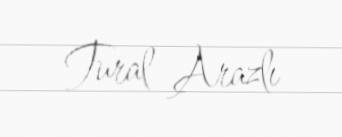
Tural Arazlı